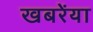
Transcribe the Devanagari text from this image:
खबरेंया